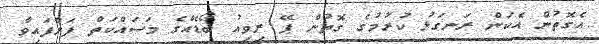
އެގޮތުން އެކަން ރަނގަޅު ކުރުމުގެ ގޮތުން ޕޭ ރިވިއު ބޯޑެއްގެ މަސައްކަތް ފަށާފައިވާ